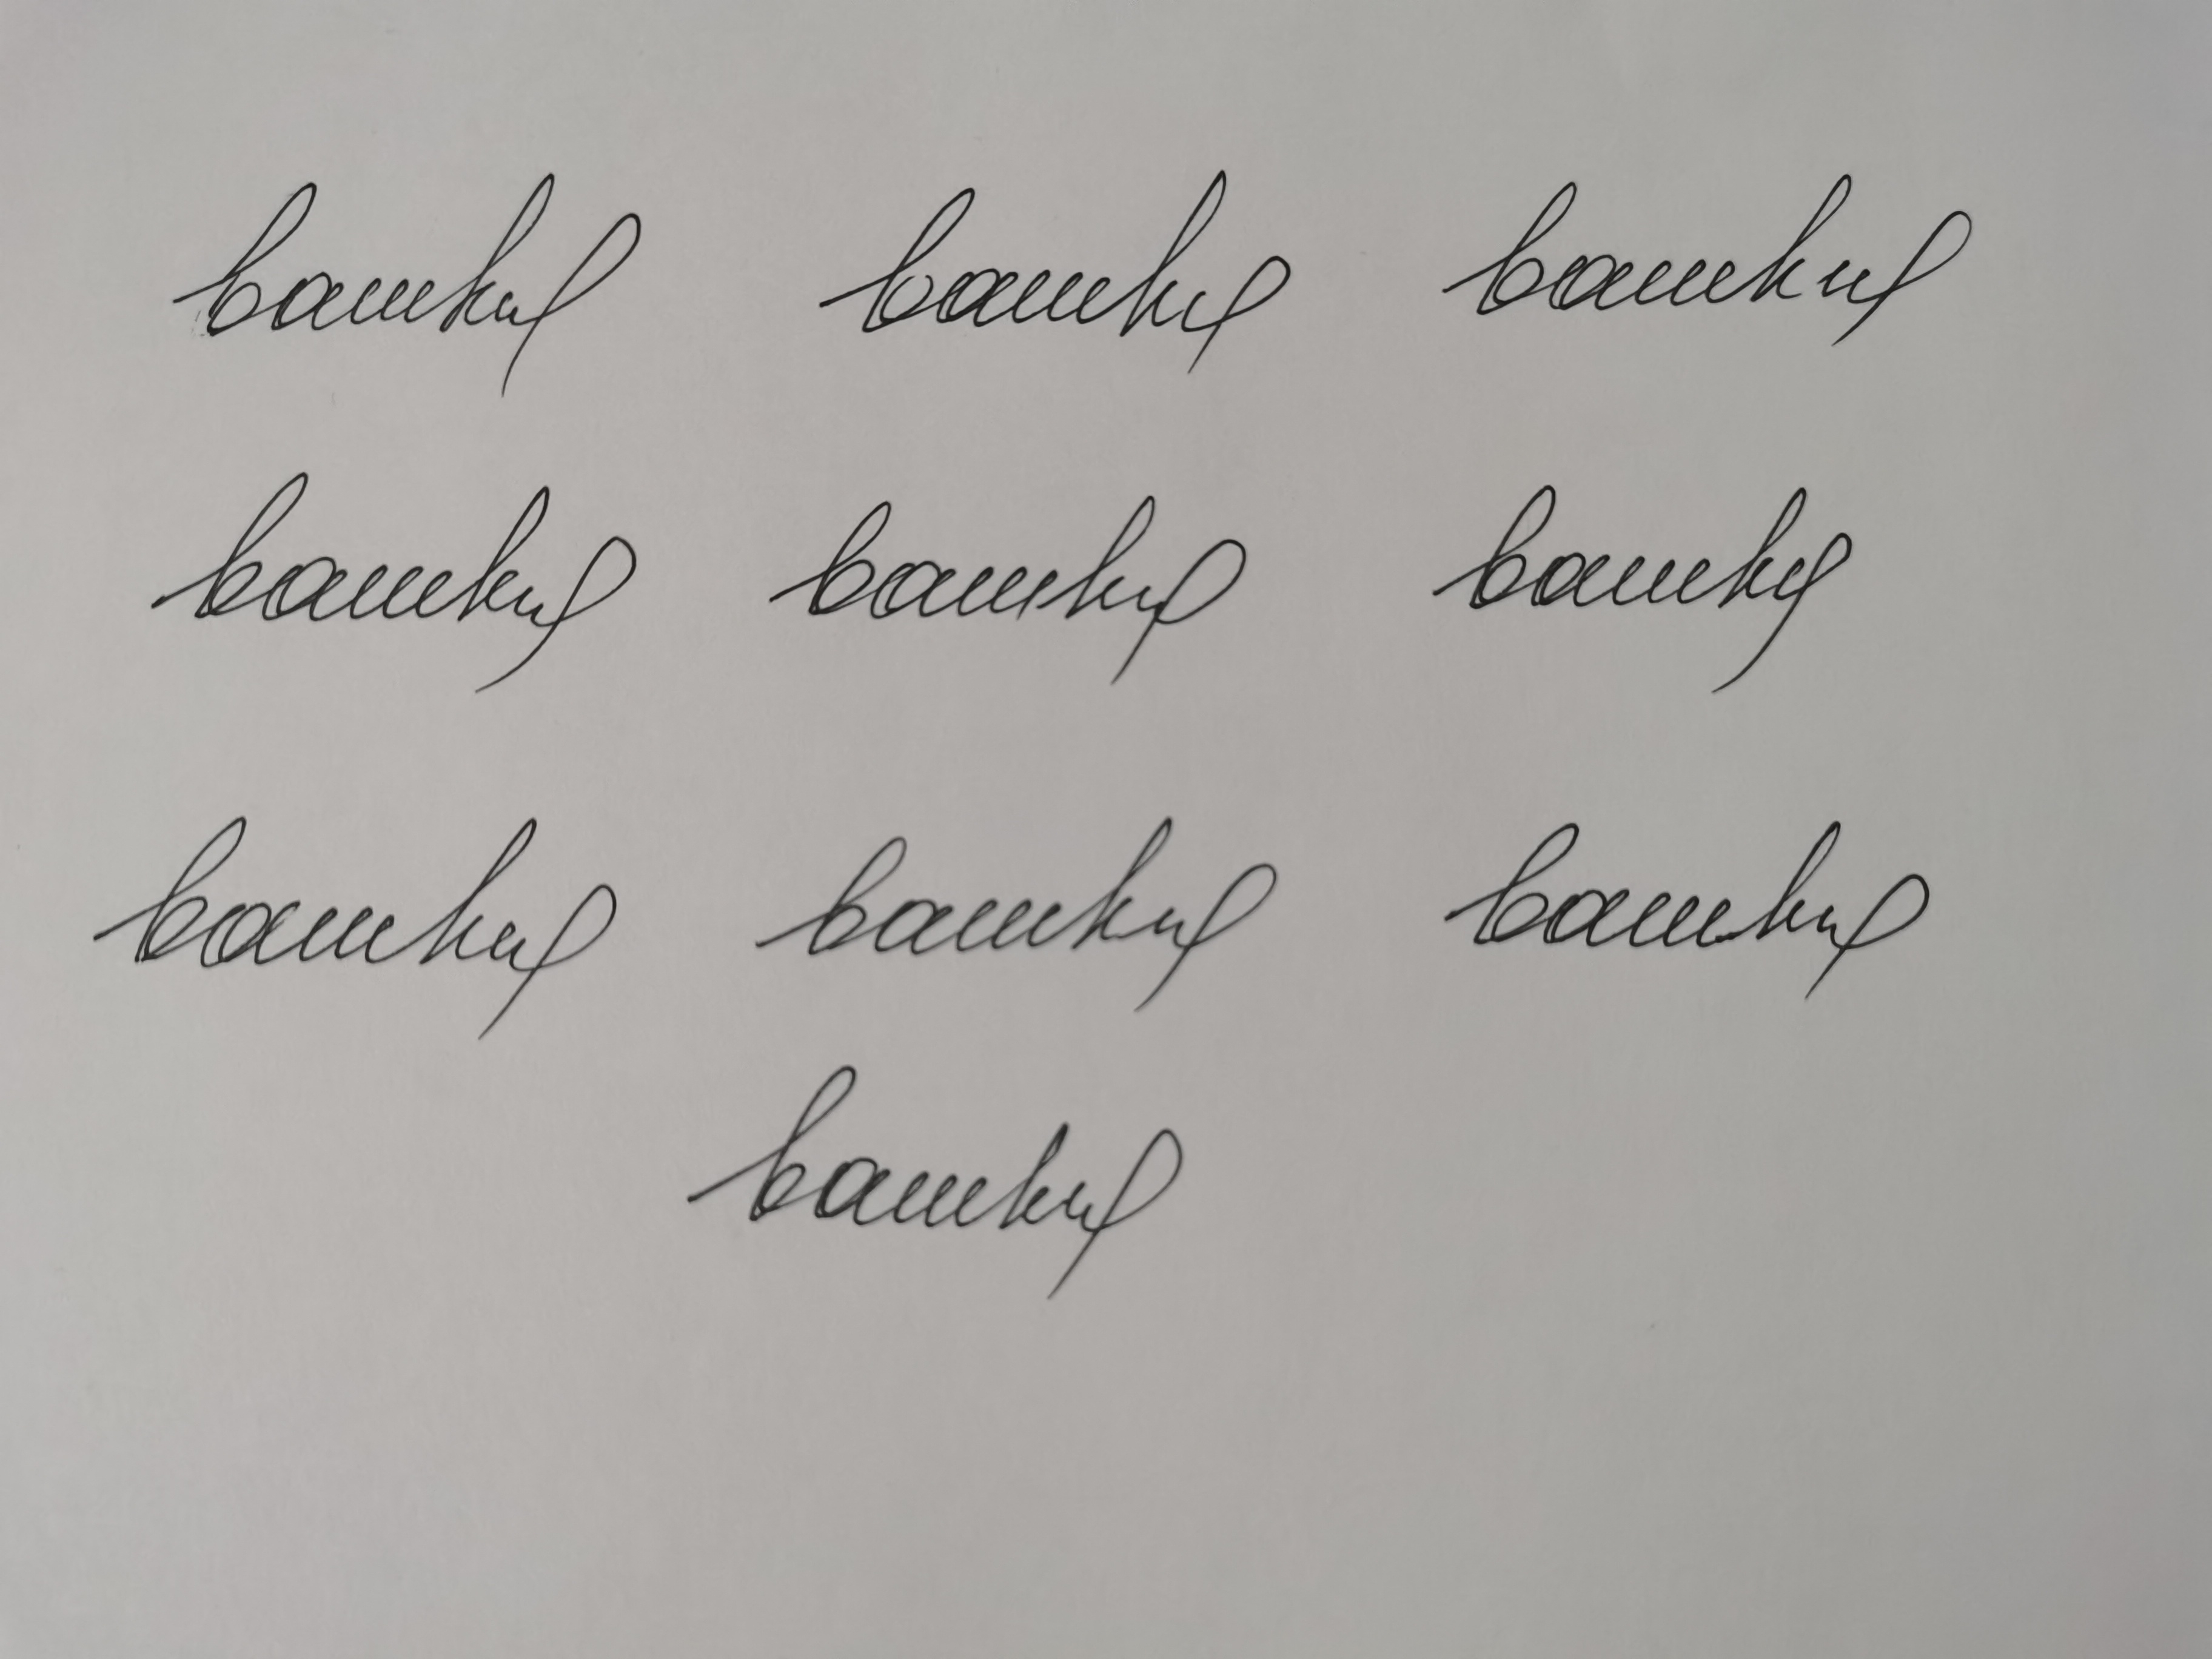
Signature authenticity: forged